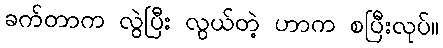
ခက်တာက လွဲပြီး လွယ်တဲ့ ဟာက စပြီးလုပ်။